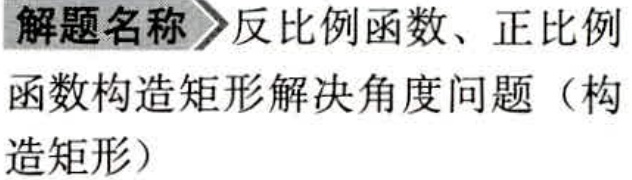
解题名称 \(\rhd\) 反比例函数、正比例函数构造矩形解决角度问题（构造矩形）